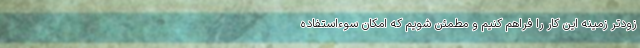
زودتر زمینه این کار را فراهم کنیم و مطمئن شویم که امکان سوءاستفاده